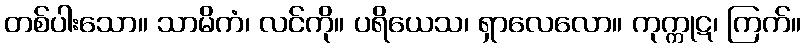
တစ်ပါးသော။ သာမိကံ၊ လင်ကို။ ပရိယေသ၊ ရှာလေလော။ ကုက္ကုဋ၊ ကြက်။